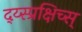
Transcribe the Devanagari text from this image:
द्य्स्प्रक्षिच्स्